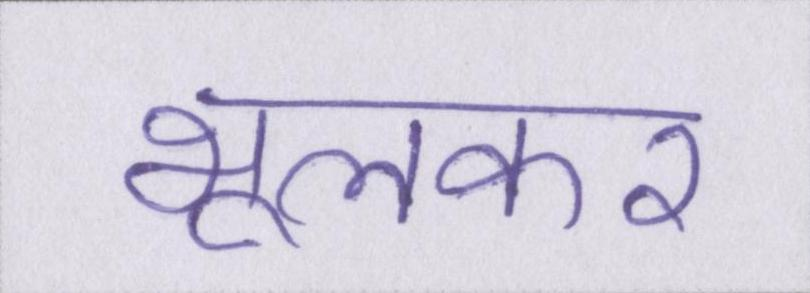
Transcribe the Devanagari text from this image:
भूलकर